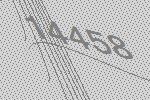
14458